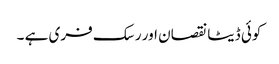
کوئی ڈیٹا نقصان اور رسک فری ہے ۔